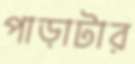
পাড়াটার